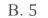
B.5